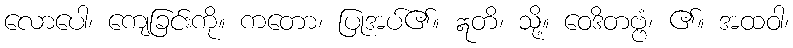
လောပေါ၊ ကျေခြင်းကို။ ကတော၊ ပြုအပ်၏။ ဣတိ၊ သို့။ ဝေဒိတဗ္ဗံ၊ ၏။ အထဝါ၊